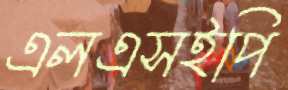
এলএসইপি